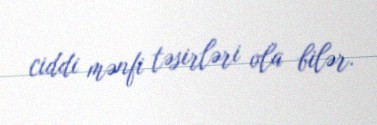
ciddi mənfi təsirləri ola bilər.